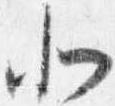
北